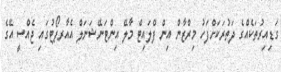
ގަޑިއިރުތަކެއްގެ ދަތުރަކަށްފަހު މިރްޒާން އިން ފްލައިޓް މާލޭ އިންޓަނޭޝަނަލް އެއާރޕޯޓުގައި ޖެއްސީ އޭގެ